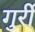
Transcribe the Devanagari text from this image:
गुर्री